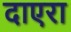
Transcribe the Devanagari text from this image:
दाएरा